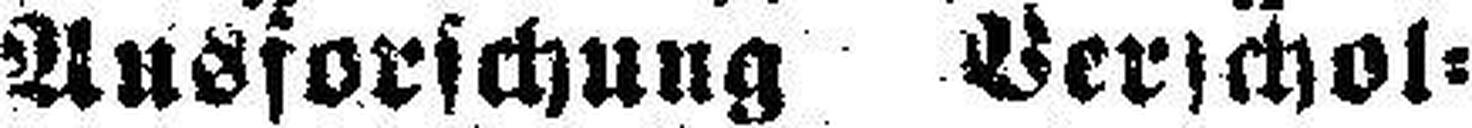
Ausforschung Verschol¬